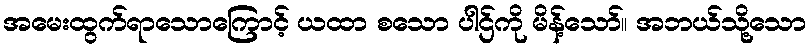
အမေးထွက်ရာသောကြောင့် ယထာ စသော ပါဌ်ကို မိန့်သော်။ အဘယ်သို့သော